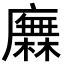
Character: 𢋰